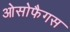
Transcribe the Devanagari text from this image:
ओसोफैगस